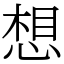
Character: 想